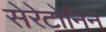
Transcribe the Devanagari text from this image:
सेरेटोनिन